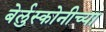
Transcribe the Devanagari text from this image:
बेर्लुस्कोनीच्या